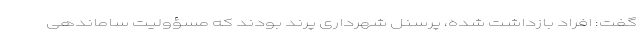
گفت: افراد بازداشت شده، پرسنل شهرداری پرند بودند که مسؤولیت ساماندهی